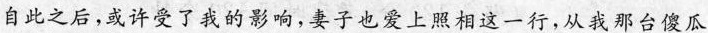
自此之后，或许受了我的影响,妻子也爱上照相这一行，从我那台傻瓜